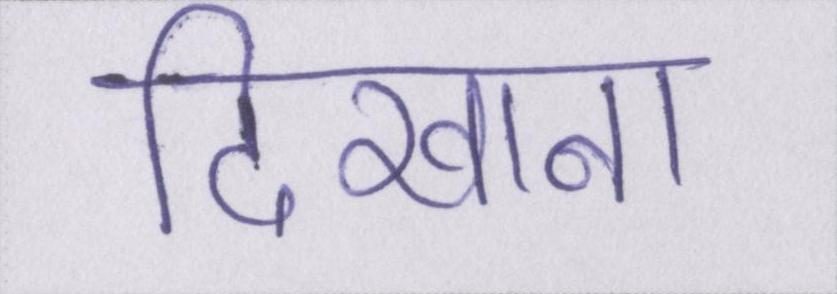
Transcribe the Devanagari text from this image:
दिखाना